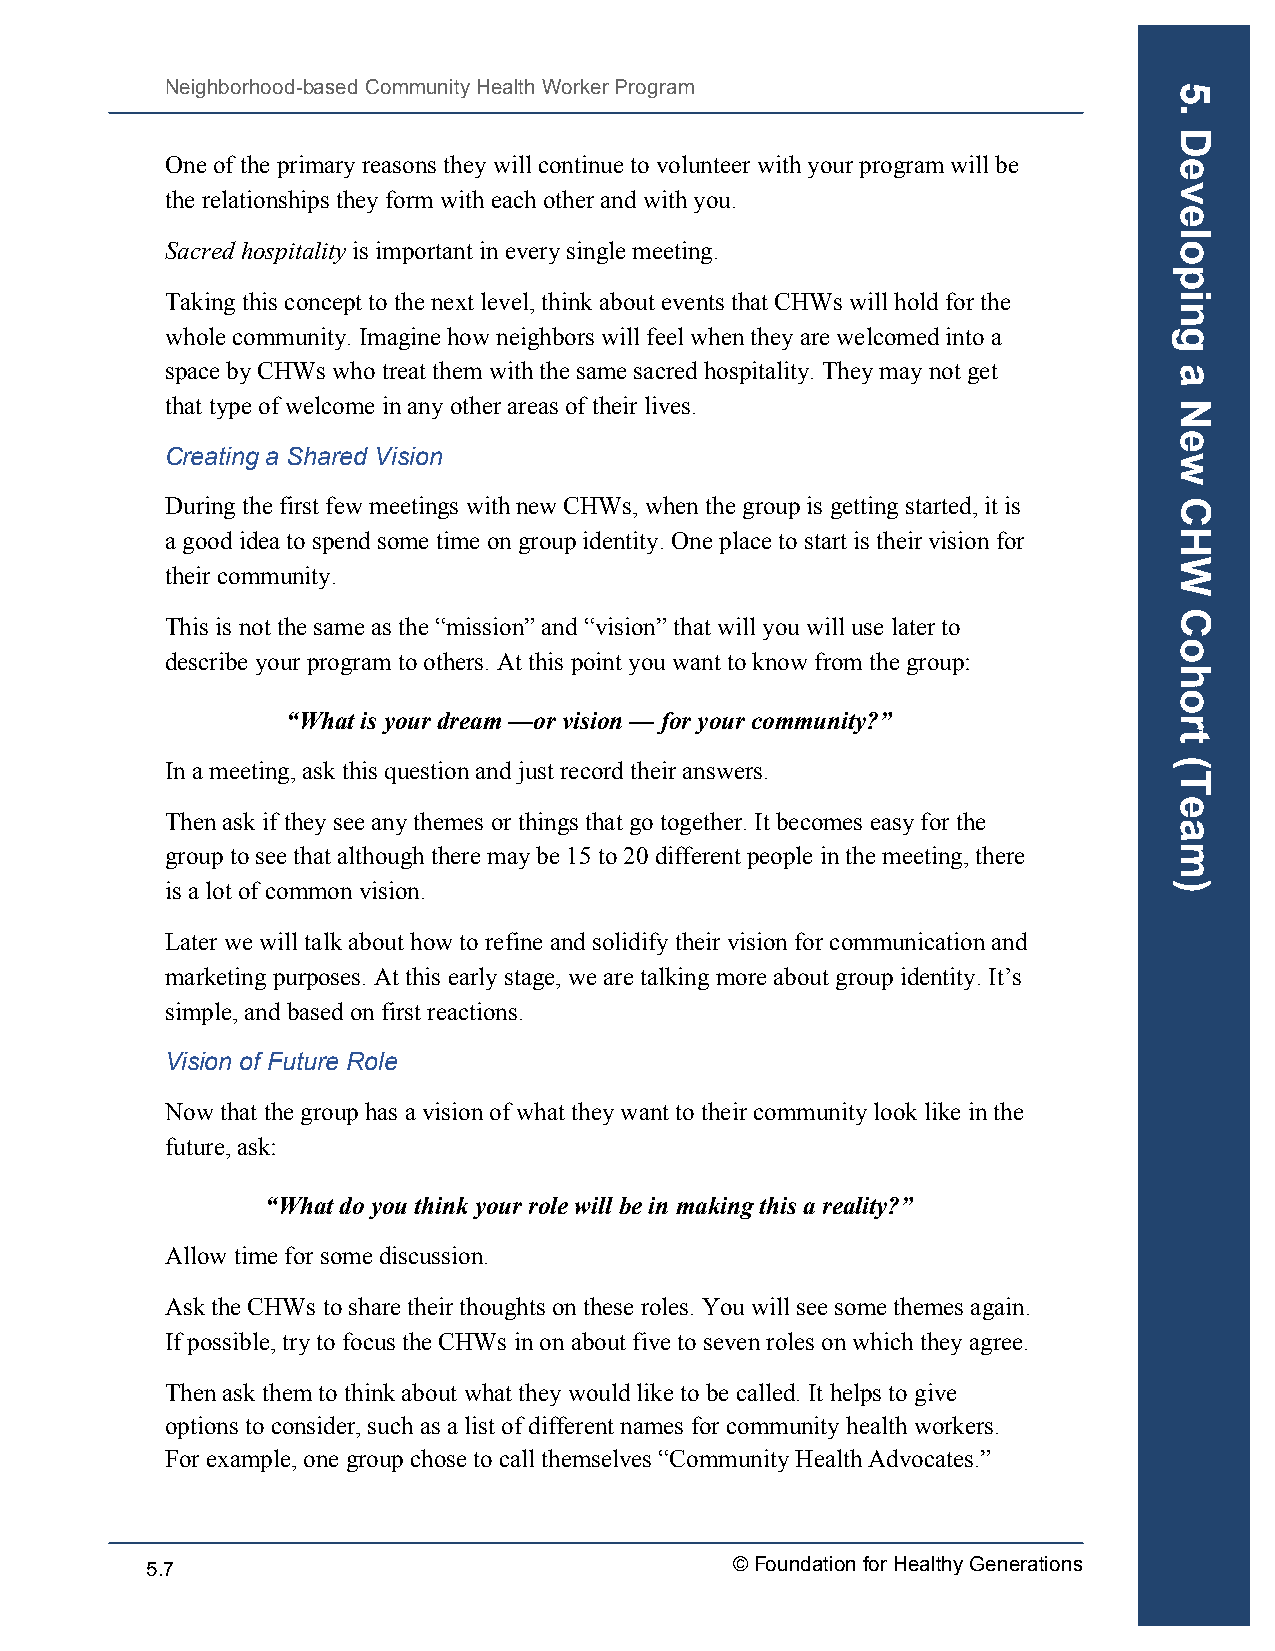
Neighborhood-based Community Health Worker Program
 One of the primary reasons they will continue to volunteer with your program will be
 the relationships they form with each other and with you.
 Sacred hospitality is important in every single meeting.
 Taking this concept to the next level, think about events that CHWs will hold for the
 whole community. Imagine how neighbors will feel when they are welcomed into a
 space by CHWs who treat them with the same sacred hospitality. They may not get
 that type of welcome in any other areas of their lives.
 Creating a Shared Vision
 During the first few meetings with new CHWs, when the group is getting started, it is
 a good idea to spend some time on group identity. One place to start is their vision for
 their community.
 This is not the same as the “mission” and “vision” that will you will use later to
 describe your program to others. At this point you want to know from the group:
 “What is your dream —or vision — for your community?”
 In a meeting, ask this question and just record their answers.
 Then ask if they see any themes or things that go together. It becomes easy for the
 group to see that although there may be 15 to 20 different people in the meeting, there
 is a lot of common vision.
 Later we will talk about how to refine and solidify their vision for communication and
 marketing purposes. At this early stage, we are talking more about group identity. It’s
 simple, and based on first reactions.
 Vision of Future Role
 Now that the group has a vision of what they want to their community look like in the
 future, ask:
 “What do you think your role will be in making this a reality?”
 Allow time for some discussion.
 Ask the CHWs to share their thoughts on these roles. You will see some themes again.
 If possible, try to focus the CHWs in on about five to seven roles on which they agree.
 Then ask them to think about what they would like to be called. It helps to give
 options to consider, such as a list of different names for community health workers.
 For example, one group chose to call themselves “Community Health Advocates.”
 5.7                                   © Foundation for Healthy Generations
 5.
 Developing
 a
 New
 CHW
 Cohort
 (Team)